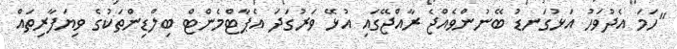
"ހަމަ އެދުވަހު އަޅުގަނޑު ބޭނުންވެއްޖެ ރާއްޖޭގައި އުޅޭ ވަރުގަދަ އެޕާޓްމެންޓް ބިލްޑިންތަކުގެ ވިޔަފާރިތައް